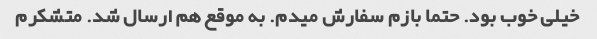
خیلی خوب بود. حتما بازم سفارش میدم. به موقع هم ارسال شد. متشکرم